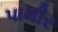
પામીર